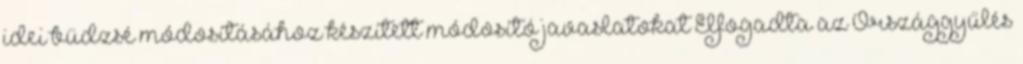
idei büdzsé módosításához készített módosító javaslatokat Elfogadta az Országgyűlés